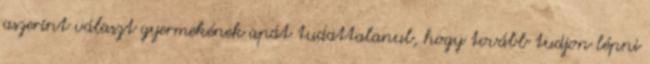
aszerint választ gyermekének apát tudattalanul, hogy tovább tudjon lépni